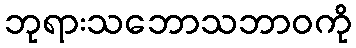
ဘုရားသဘောသဘာဝကို